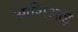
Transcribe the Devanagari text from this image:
आशिआई